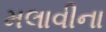
મલાવીના